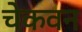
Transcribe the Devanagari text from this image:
चेकवन